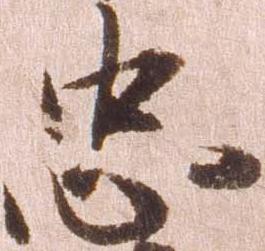
忠